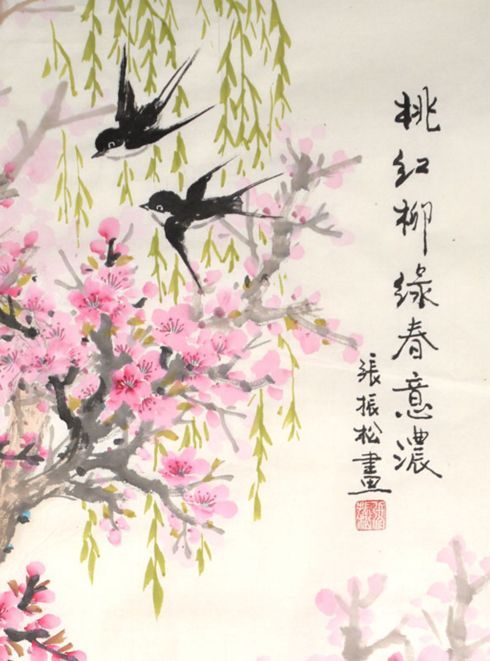
乡心新岁切，天畔独潸然。